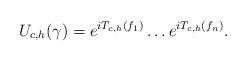
LaTeX: \begin{align*}U_{c,h}(\gamma) = e^{iT_{c,h}(f_1)}\ldots e^{iT_{c,h}(f_n)}.\end{align*}